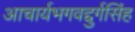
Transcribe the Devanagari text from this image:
आचार्यभगवद्दुर्गसिंह